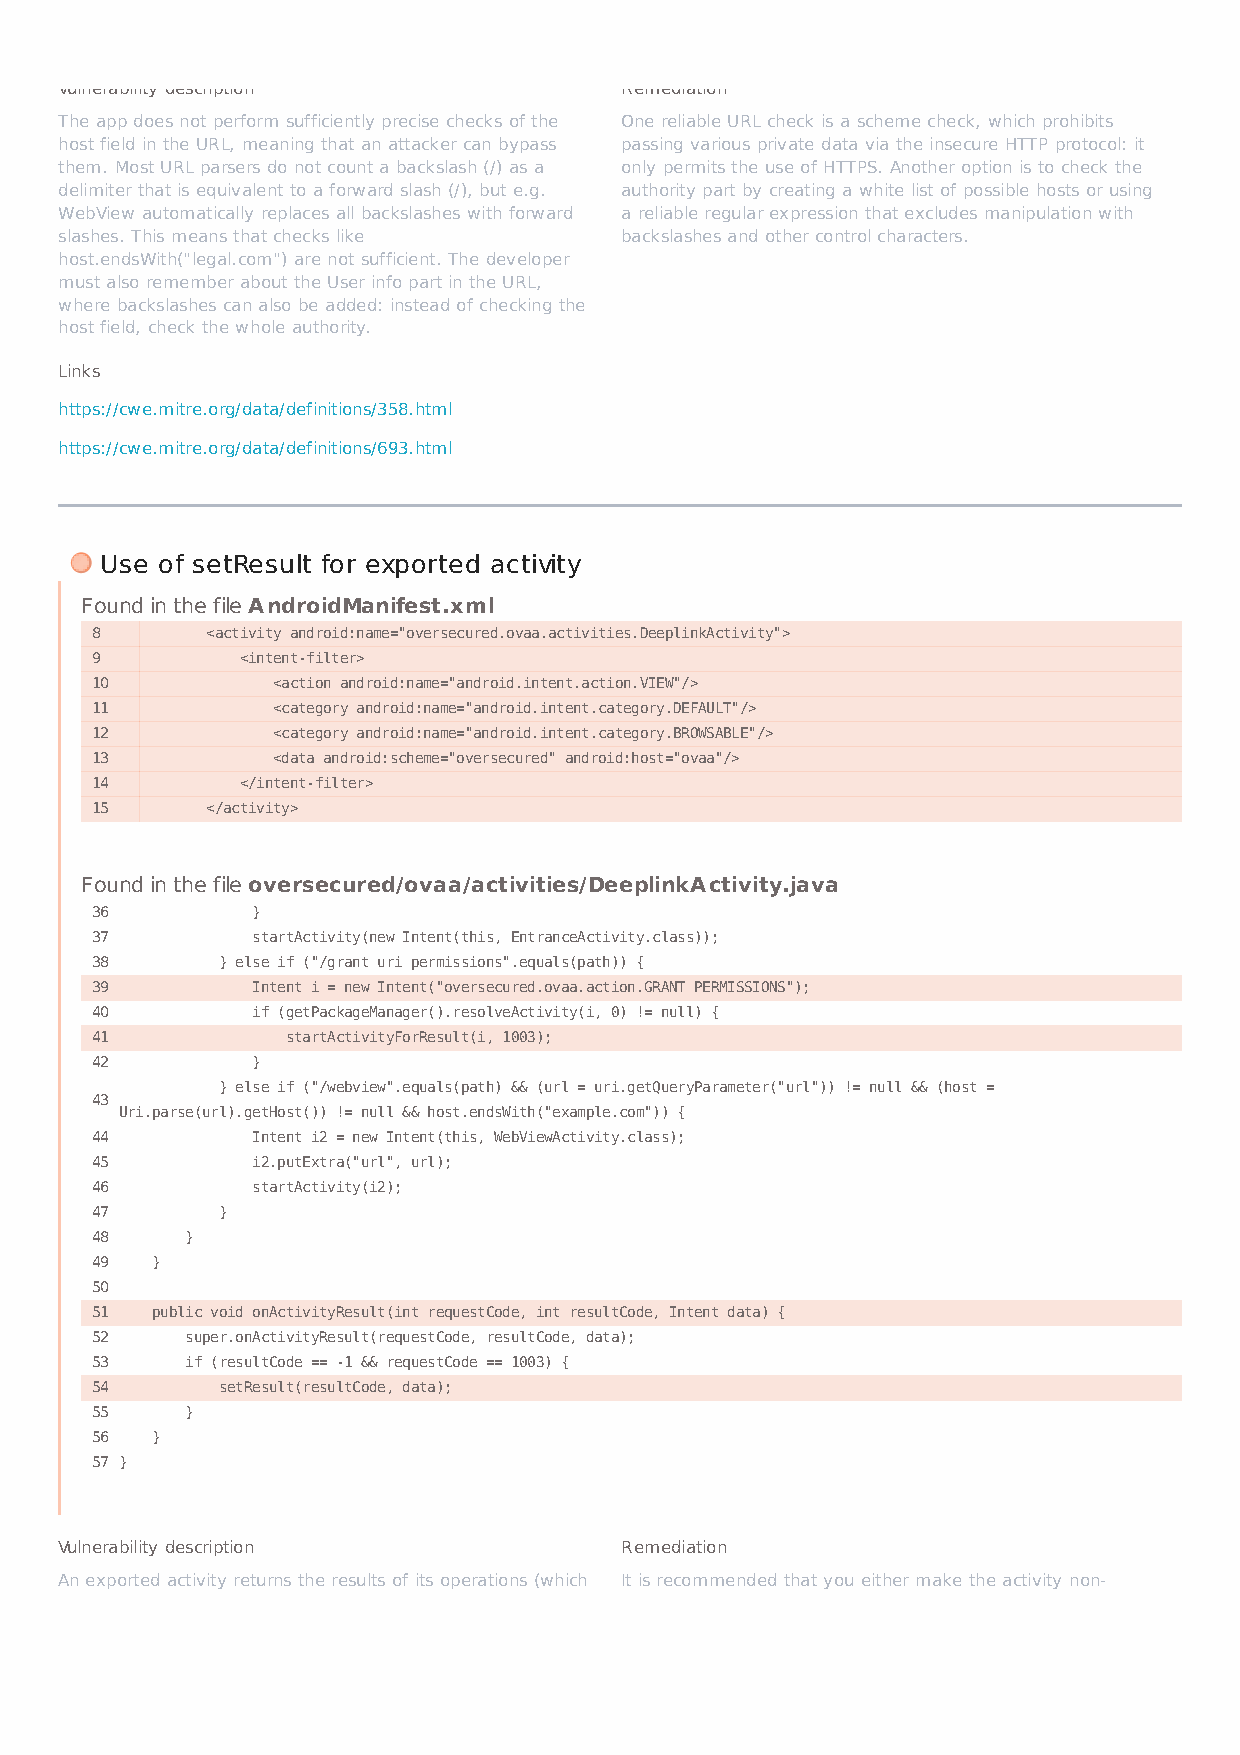
Vulnerability description            Remediation
 The app does not perform sufficiently precise checks of the One reliable URL check is a scheme check, which prohibits
 host field in the URL, meaning that an attacker can bypass passing various private data via the insecure HTTP protocol: it
 them. Most URL parsers do not count a backslash (/) as a only permits the use of HTTPS. Another option is to check the
 delimiter that is equivalent to a forward slash (/), but e.g. authority part by creating a white list of possible hosts or using
 WebView automatically replaces all backslashes with forward a reliable regular expression that excludes manipulation with
 slashes. This means that checks like backslashes and other control characters.
 host.endsWith("legal.com") are not sufficient. The developer
 must also remember about the User info part in the URL,
 where backslashes can also be added: instead of checking the
 host field, check the whole authority.
 Links
 https://cwe.mitre.org/data/definitions/358.html
 https://cwe.mitre.org/data/definitions/693.html
 Use of setResult for exported activity
 Found in the file AndroidManifest.xml
 8       <activity android:name="oversecured.ovaa.activities.DeeplinkActivity">
 9         <intent-filter>
 10          <action android:name="android.intent.action.VIEW"/>
 11          <category android:name="android.intent.category.DEFAULT"/>
 12          <category android:name="android.intent.category.BROWSABLE"/>
 13          <data android:scheme="oversecured" android:host="ovaa"/>
 14        </intent-filter>
 15      </activity>
 Found in the file oversecured/ovaa/activities/DeeplinkActivity.java
 36         }
 37         startActivity(new Intent(this, EntranceActivity.class));
 38      } else if ("/grant_uri_permissions".equals(path)) {
 39         Intent i = new Intent("oversecured.ovaa.action.GRANT_PERMISSIONS");
 40         if (getPackageManager().resolveActivity(i, 0) != null) {
 41           startActivityForResult(i, 1003);
 42         }
 } else if ("/webview".equals(path) && (url = uri.getQueryParameter("url")) != null && (host =
 43
 Uri.parse(url).getHost()) != null && host.endsWith("example.com")) {
 44         Intent i2 = new Intent(this, WebViewActivity.class);
 45         i2.putExtra("url", url);
 46         startActivity(i2);
 47      }
 48    }
 49  }
 50
 51  public void onActivityResult(int requestCode, int resultCode, Intent data) {
 52    super.onActivityResult(requestCode, resultCode, data);
 53    if (resultCode == -1 && requestCode == 1003) {
 54      setResult(resultCode, data);
 55    }
 56  }
 57 }
 Vulnerability description            Remediation
 An exported activity returns the results of its operations (which It is recommended that you either make the activity non-